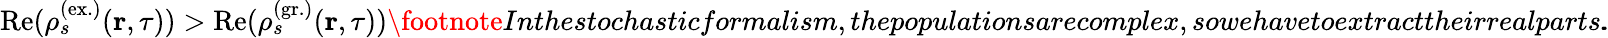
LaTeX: \mathrm{Re}(\rho_{s}^{(\mathrm{ex.})}(\textbf{r},\tau))>\mathrm{Re}(\rho_{s}^{(\mathrm{gr.})}(\textbf{r},\tau))\footnote{Inthestochasticformalism,thepopulationsarecomplex,sowehavetoextracttheirrealparts.}\! \! .